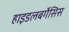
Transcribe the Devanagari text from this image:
हाइडलबर्गेसिस